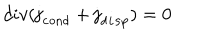
LaTeX: d i v ( { \bf j } _ { \tt c o n d } + { \bf j } _ { \tt d i s p } ) = 0